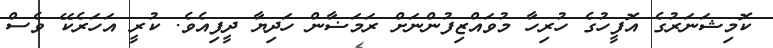
ކޮމިޝަނަރުގެ އޮފީހުގެ ހުރިހާ މުވައްޒިފުންނަށް ރަމަޟާން ހަދިޔާ ދީފިއެވެ. ކުރީ އަހަރެކޭ ވެސް